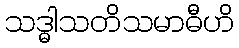
သဒ္ဓါသတိသမာဓီဟိ